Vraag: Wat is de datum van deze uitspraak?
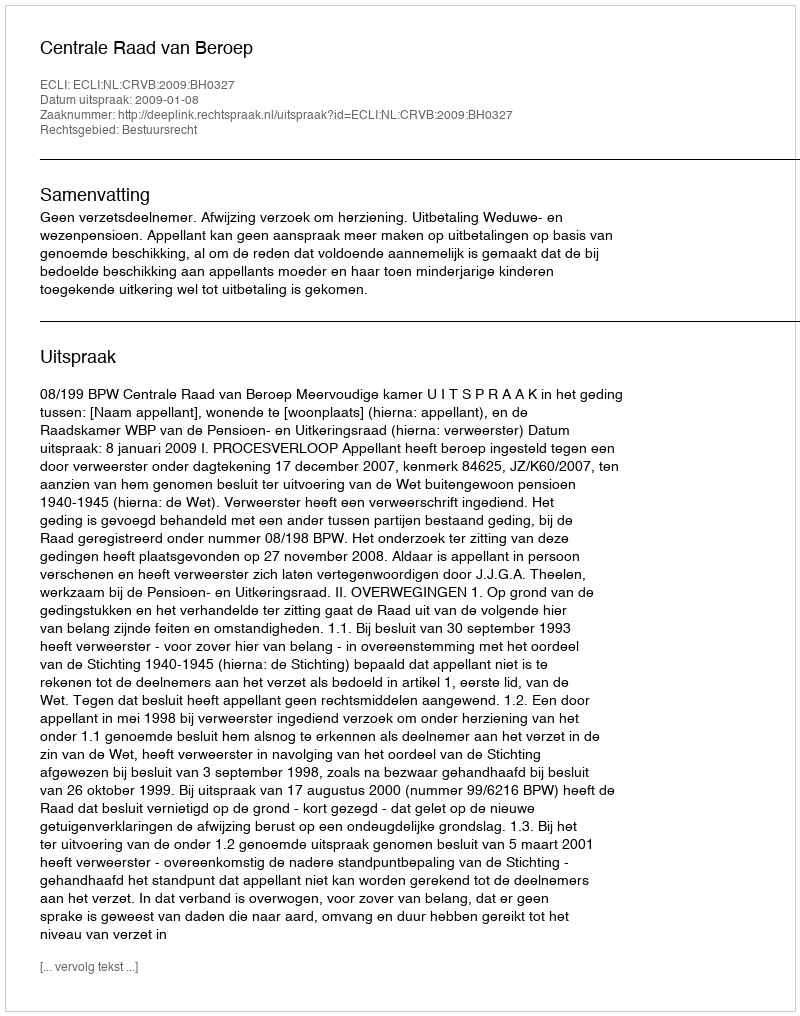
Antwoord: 2009-01-08